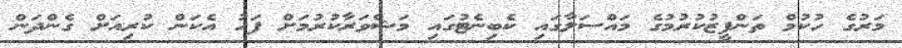
މަރުގެ ހުކުމް ތަންފީޒުކުރުމުގެ މައްސަލާގައި ކެބިނެޓުގައި މަޝްވަރާކުރުމަށް ފަހު އެކަން ކުރިއަށް ގެންދަން